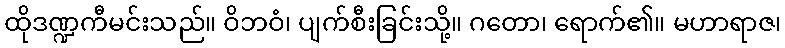
ထိုဒဏ္ဍကီမင်းသည်။ ဝိဘဝံ၊ ပျက်စီးခြင်းသို့။ ဂတော၊ ရောက်၏။ မဟာရာဇ၊